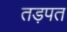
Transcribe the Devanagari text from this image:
तड़पत